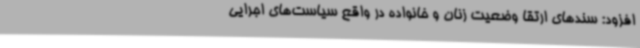
افزود: سندهای ارتقا وضعیت زنان و خانواده در واقع سیاست‌های اجرایی